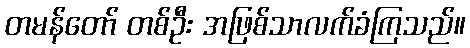
တမန်တော် တစ်ဦး အဖြစ်သာလက်ခံကြသည်။